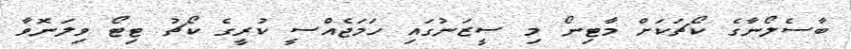
ބާސެލޯނާގެ ކޯޗަކަށް މާޓިނޯ މި ސީޒަނުގައި ހަމަޖެއްސީ ކުރީގެ ކޯޗު ޓިޓޯ ވިލަނޮވާ